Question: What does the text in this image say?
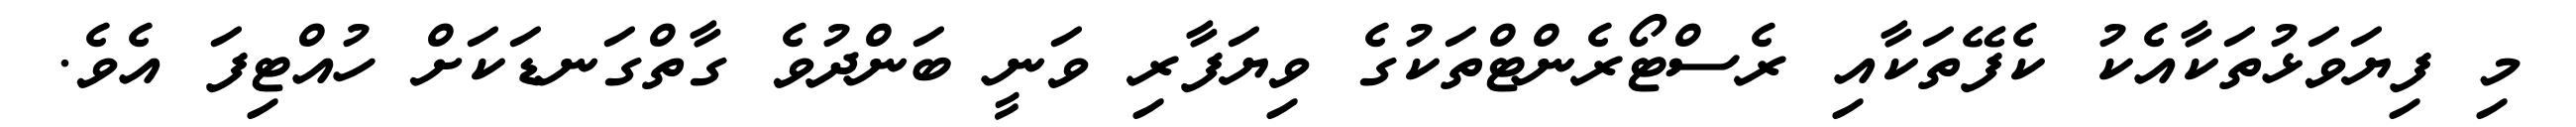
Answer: މި ފިޔަވަޅުތަކާއެކު ކެފޭތަކާއި ރެސްޓޯރެންޓްތަކުގެ ވިޔަފާރި ވަނީ ބަންދުވެ ގާތްގަނޑަކަށް ހުއްޓިފަ އެވެ.